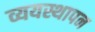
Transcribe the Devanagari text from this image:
व्ययस्थापन